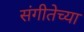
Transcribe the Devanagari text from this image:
संगीतेच्या